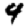
Digit: 4